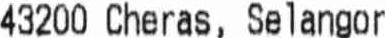
43200 CHERAS, SELANGOR